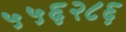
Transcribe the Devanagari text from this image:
५५६२८६